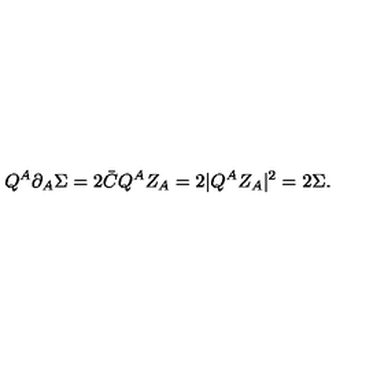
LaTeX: Q ^ { A } \partial _ { A } \Sigma = 2 \bar { C } Q ^ { A } Z _ { A } = 2 | Q ^ { A } Z _ { A } | ^ { 2 } = 2 \Sigma .